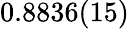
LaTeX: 0.8836(15)